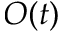
O ( t )